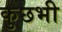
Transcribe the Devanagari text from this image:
कुछभी